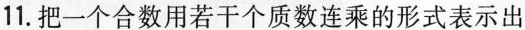
11.把一个合数用若干个质数连乘的形式表示出